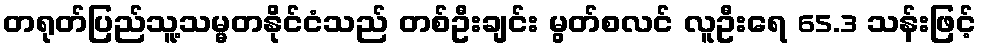
တရုတ်ပြည်သူ့သမ္မတနိုင်ငံသည် တစ်ဦးချင်း မွတ်စလင် လူဦးရေ 65.3 သန်းဖြင့်